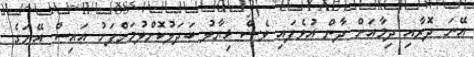
އޭނަ ދޮރާއި ދިމާއަށް ދާން އުޅެފައި ވެސް ޚިޔާލު ބަދަލުކޮށްލުމަށްފަހު އައިސް އޭނަގެ